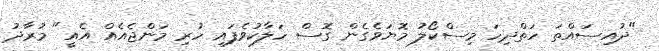
"ދުއިސައްތަ ހަތްދިހަ މިސްކޯލު މޮޔަވެގެން ގޮސް ހަލާކުވެފައި ހުރި މަންޖެއެއް އެއީ" މުރާދު